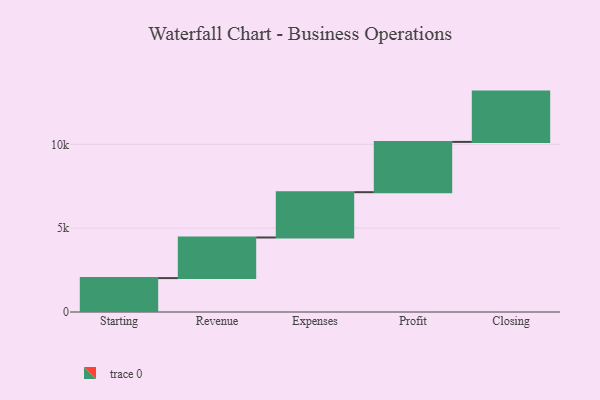
{"axis": {"x": "Step", "y": "Value"}, "legend": [""], "data": [{"x": "Starting", "y": 2022.0, "type": ""}, {"x": "Revenue", "y": 2423.0, "type": ""}, {"x": "Expenses", "y": 2701.0, "type": ""}, {"x": "Profit", "y": 3000, "type": ""}, {"x": "Closing", "y": 3000, "type": ""}]}